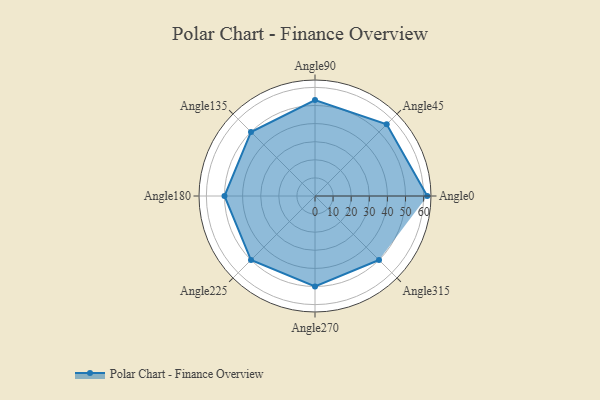
{"axis": {"x": "Angle", "y": "Radius"}, "legend": [""], "data": [{"x": "Angle0", "y": 62.0, "type": ""}, {"x": "Angle45", "y": 56.0, "type": ""}, {"x": "Angle90", "y": 53.0, "type": ""}, {"x": "Angle135", "y": 50, "type": ""}, {"x": "Angle180", "y": 50, "type": ""}, {"x": "Angle225", "y": 50, "type": ""}, {"x": "Angle270", "y": 50, "type": ""}, {"x": "Angle315", "y": 50, "type": ""}]}